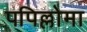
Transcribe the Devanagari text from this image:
पपिल्लोमा